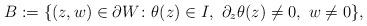
LaTeX: \begin{align*}B := \{(z,w)\in \partial W\colon \theta(z)\in I, \ \partial_z\theta(z)\neq 0, \ w\neq 0\},\end{align*}